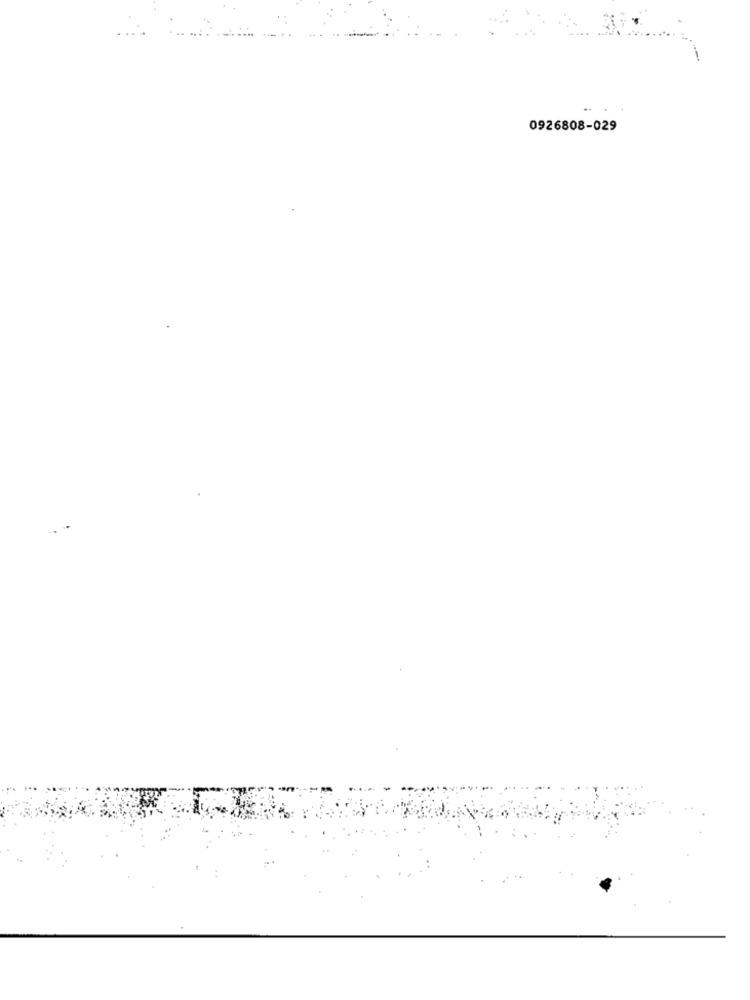
0926808-029